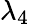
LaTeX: \lambda_{4}